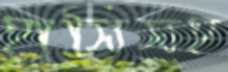
হাসিসহ